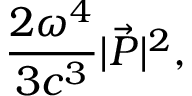
\frac { 2 \omega ^ { 4 } } { 3 c ^ { 3 } } | \vec { P } | ^ { 2 } ,